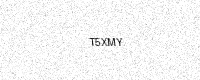
Text: T5XMY